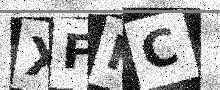
Text: XFKC